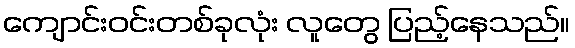
ကျောင်းဝင်းတစ်ခုလုံး လူတွေ ပြည့်နေသည်။